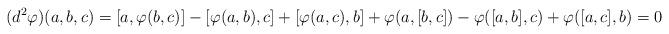
LaTeX: \begin{align*}(d^2\varphi)(a,b,c)=[a,\varphi(b,c)]-[\varphi(a,b),c]+[\varphi(a,c),b]+\varphi(a,[b,c])-\varphi([a,b],c)+\varphi([a,c],b)=0 \end{align*}